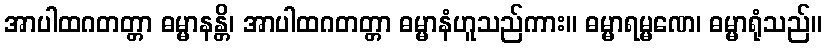
အာပါထဂတတ္တာ ဓမ္မာနန္တိ၊ အာပါထဂတတ္တာ ဓမ္မာနံဟူသည်ကား။ ဓမ္မာရမ္မဏေ၊ ဓမ္မာရုံသည်။